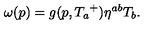
\omega ( p ) = g ( p , { T _ { a } } ^ { + } ) \eta ^ { a b } T _ { b } .